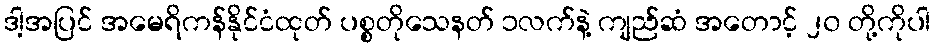
ဒါ့အပြင် အမေရိကန်နိုင်ငံထုတ် ပစ္စတိုသေနတ် ၁လက်နဲ့ ကျည်ဆံ အတောင့် ၂၀ တို့ကိုပါ